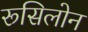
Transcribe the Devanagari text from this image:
रूसिलोन